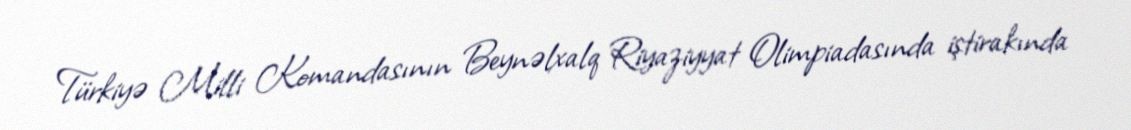
Türkiyə Milli Komandasının Beynəlxalq Riyaziyyat Olimpiadasında iştirakında